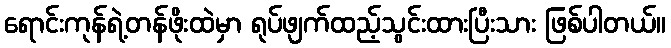
ရောင်းကုန်ရဲ့တန်ဖိုးထဲမှာ ရုပ်ဖျက်ထည့်သွင်းထားပြီးသား ဖြစ်ပါတယ်။